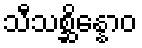
သီသစ္ဆိန္နောဝ